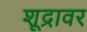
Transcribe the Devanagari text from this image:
शूद्रावर